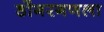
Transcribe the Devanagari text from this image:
डोंगरगणला